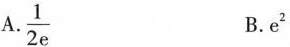
A.\frac{1}{2e} B.e^{2}